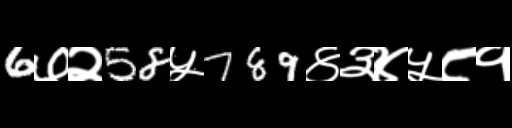
Text: 6७२58५789४३४५८१